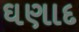
ઘણાદ